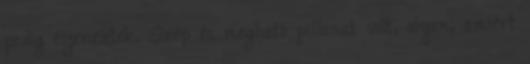
pedig éljeneztek. Szép és megható pillanat volt, olyan, amiért